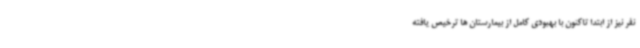
نفر نیز از ابتدا تاکنون با بهبودی کامل از بیمارستان ها ترخیص یافته